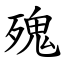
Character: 㱱